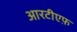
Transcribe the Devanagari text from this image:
आरटीएफ़